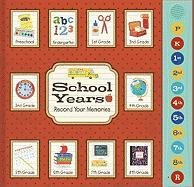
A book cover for Record a Memory: School Years; Editors of New Seasons; Parenting & Relationships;